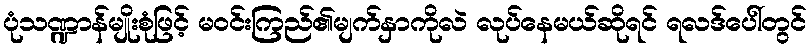
ပုံသဏ္ဍာန်မျိုးစုံဖြင့် မဝင်းကြည်၏မျက်နှာကိုလဲ လုပ်နေမယ်ဆိုရင် ရလဒ်ပေါ်တွင်